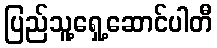
ပြည်သူ့ရှေ့ဆောင်ပါတီ